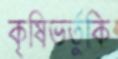
কৃষিভর্তুকি